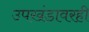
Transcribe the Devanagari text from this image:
उपखंडावरही